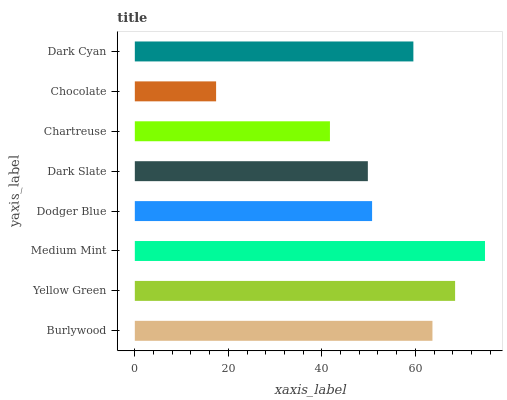
| yaxis_label | bars |
 | --- | --- |
 | Burlywood | 63.6 |
 | Yellow Green | 68.5 |
 | Medium Mint | 74.9 |
 | Dodger Blue | 50.7 |
 | Dark Slate | 49.8 |
 | Chartreuse | 41.7 |
 | Chocolate | 17.4 |
 | Dark Cyan | 59.6 |